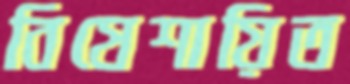
বিষেশায়িত